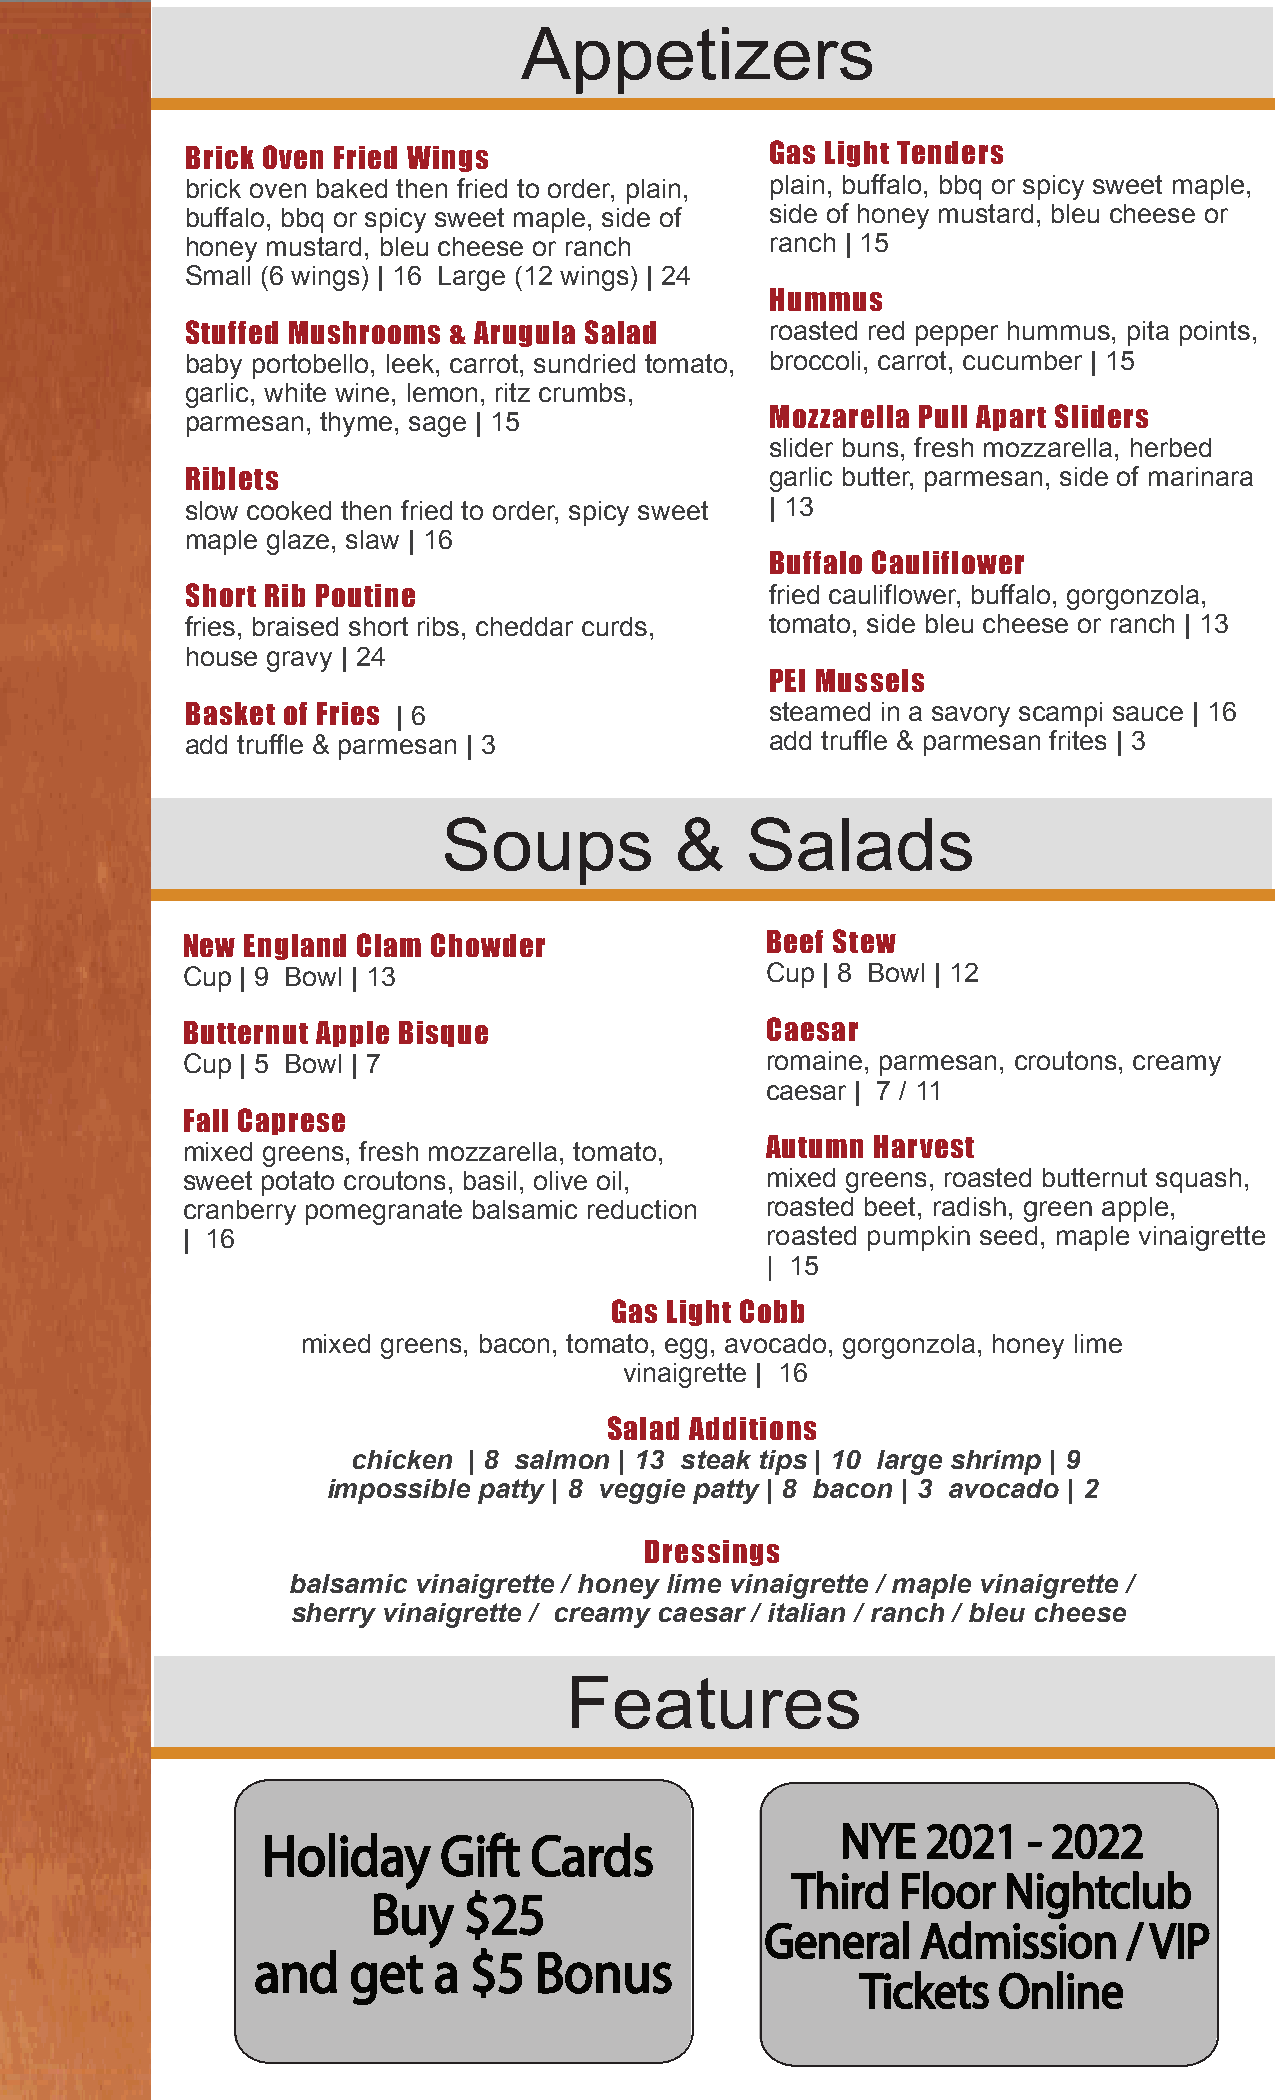
Appetizers
 Brick Oven Fried Wings                 Gas Light Tenders
 brick oven baked then fried to order, plain, plain, buffalo, bbq or spicy sweet maple,
 buffalo, bbq or spicy sweet maple, side of side of honey mustard, bleu cheese or
 honey mustard, bleu cheese or ranch    ranch | 15
 Small (6 wings) | 16 Large (12 wings) | 24
 Hummus
 Stuffed Mushrooms & Arugula Salad      roasted red pepper hummus, pita points,
 baby portobello, leek, carrot, sundried tomato, broccoli, carrot, cucumber | 15
 garlic, white wine, lemon, ritz crumbs,
 parmesan, thyme, sage | 15             Mozzarella Pull Apart Sliders
 slider buns, fresh mozzarella, herbed
 Riblets                                garlic butter, parmesan, side of marinara
 slow cooked then fried to order, spicy sweet | 13
 maple glaze, slaw | 16
 Buffalo Cauliflower
 Short Rib Poutine                      fried cauliflower, buffalo, gorgonzola,
 fries, braised short ribs, cheddar curds, tomato, side bleu cheese or ranch | 13
 house gravy | 24
 PEI Mussels
 Basket of Fries | 6                    steamed in a savory scampi sauce | 16
 add truffle & parmesan | 3             add truffle & parmesan frites | 3
 Soups           &   Salads
 New England Clam Chowder               Beef Stew
 Cup | 9 Bowl | 13                      Cup | 8 Bowl | 12
 Butternut Apple Bisque                 Caesar
 Cup | 5 Bowl | 7                       romaine, parmesan, croutons, creamy
 caesar | 7 / 11
 Fall Caprese
 mixed greens, fresh mozzarella, tomato, Autumn Harvest
 sweet potato croutons, basil, olive oil, mixed greens, roasted butternut squash,
 cranberry pomegranate balsamic reduction roasted beet, radish, green apple,
 | 16                                   roasted pumpkin seed, maple vinaigrette
 | 15
 Gas Light Cobb
 mixed greens, bacon, tomato, egg, avocado, gorgonzola, honey lime
 vinaigrette | 16
 Salad Additions
 chicken | 8 salmon | 13 steak tips | 10 large shrimp | 9
 impossible patty | 8 veggie patty | 8 bacon | 3 avocado | 2
 Dressings
 balsamic vinaigrette / honey lime vinaigrette / maple vinaigrette /
 sherry vinaigrette / creamy caesar / italian / ranch / bleu cheese
 Features
 NYE  2021   - 2022
 Holiday     Gift  Cards
 Third   Floor  Nightclub
 Buy   $25
 General   Admission     / VIP
 and   get   a $5  Bonus
 Tickets  Online